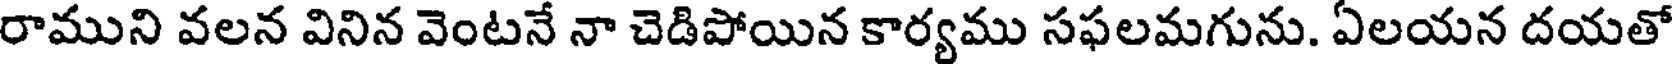
రాముని వలన వినిన వెంటనే నా చెడిపోయిన కార్యము సఫలమగును. ఏలయన దయతో